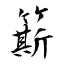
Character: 簛